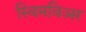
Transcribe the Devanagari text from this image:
स्विमविअर